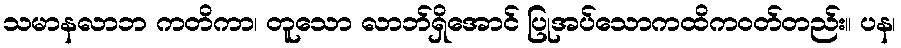
သမာနလာဘ ကတိကာ၊ တူသော လာဘ်ရှိအောင် ပြုအပ်သောကထိကဝတ်တည်း။ ပန၊